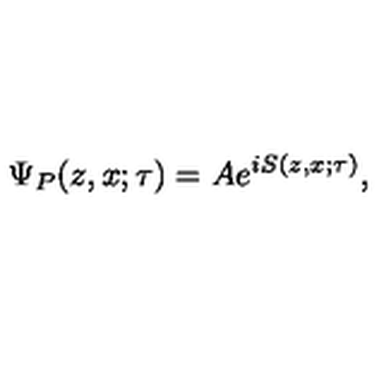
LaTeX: \Psi _ { P } ( z , x ; \tau ) = A e ^ { i S ( z , x ; \tau ) } ,